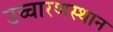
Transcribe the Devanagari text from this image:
उच्चारणस्थान